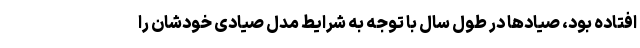
افتاده بود، صیادها در طول سال با توجه به شرایط مدل صیادی خودشان را